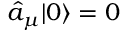
\hat { a } _ { \mu } | 0 \rangle = 0